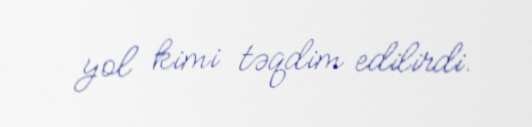
yol kimi təqdim edilirdi.